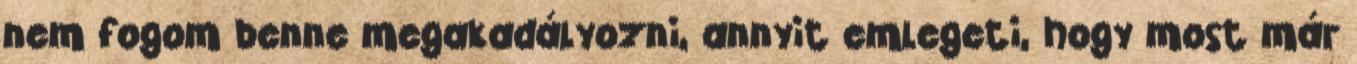
nem fogom benne megakadályozni, annyit emlegeti, hogy most már